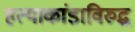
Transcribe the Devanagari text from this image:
हत्याकांडाविरुद्ध